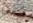
نحن